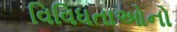
વિવિધતાઓનો